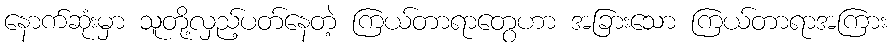
နောက်ဆုံးမှာ သူတို့လှည့်ပတ်နေတဲ့ ကြယ်တာရာတွေဟာ အခြားသော ကြယ်တာရာအကြား